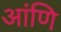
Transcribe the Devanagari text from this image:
आंणि